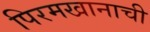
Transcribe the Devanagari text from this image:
पिरमखानाची